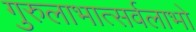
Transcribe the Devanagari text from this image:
गुरुलाभात्सर्वलाभो